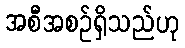
အစီအစဉ်ရှိသည်ဟု